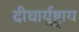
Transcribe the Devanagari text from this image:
दीघार्युष्ट्वाय